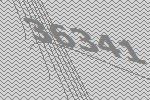
36341